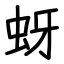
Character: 蚜